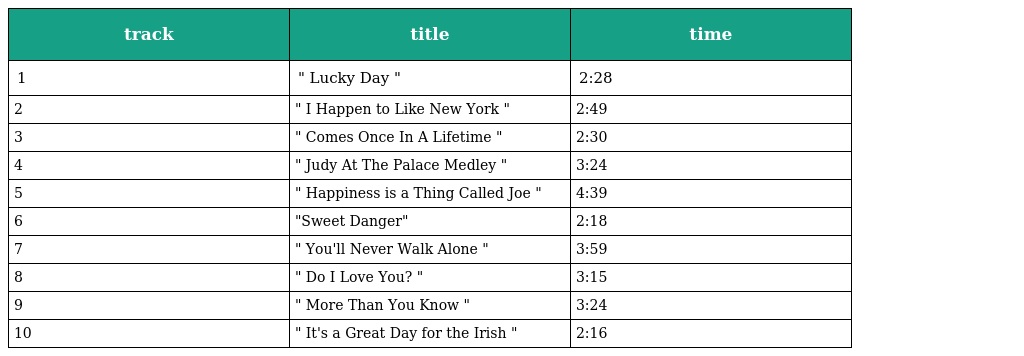
| track | title | time |
 | --- | --- | --- |
 | 1 | " Lucky Day " | 2:28 |
 | 2 | " I Happen to Like New York " | 2:49 |
 | 3 | " Comes Once In A Lifetime " | 2:30 |
 | 4 | " Judy At The Palace Medley " | 3:24 |
 | 5 | " Happiness is a Thing Called Joe " | 4:39 |
 | 6 | "Sweet Danger" | 2:18 |
 | 7 | " You'll Never Walk Alone " | 3:59 |
 | 8 | " Do I Love You? " | 3:15 |
 | 9 | " More Than You Know " | 3:24 |
 | 10 | " It's a Great Day for the Irish " | 2:16 |